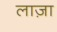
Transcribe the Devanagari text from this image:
लाज़ा